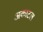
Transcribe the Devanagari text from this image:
अकाटल